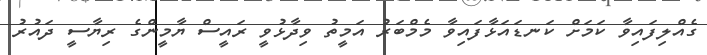
ގެއްލިފައިވާ ކަމަށް ކަނޑައަޅާފައިވާ މެމްބަރު އަމީތު ވިދާޅުވީ ރައީސް ޔާމީންގެ ރިޔާސީ ދައުރު